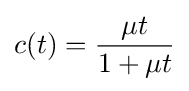
c(t)={\frac {\mu t}{1+\mu t}}